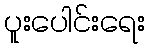
ပူးပေါင်းရေး